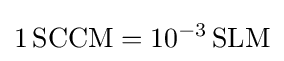
1\,{\text{SCCM}}=10^{-3}\,{\text{SLM}}